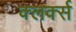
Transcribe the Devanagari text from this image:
क्लर्क्स